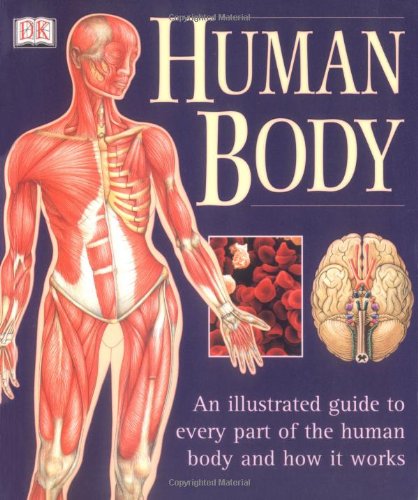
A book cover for Human Body: An Illustrated Guide to Every Part of the Human Body and How It Works; Martyn Page; Medical Books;